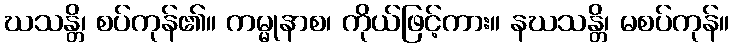
ဃသန္တိ၊ စပ်ကုန်၏။ ကမ္မုနာစ၊ ကိုယ်ဖြင့်ကား။ နဃသန္တိ၊ မစပ်ကုန်။